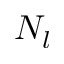
N _ { l }